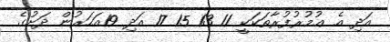
އަދި އެ ޢުމުރުފުރާތަކަކީ 11 13 15 17 އަދި 19އަހަރުން ދަށުގެ